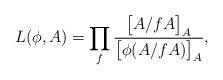
LaTeX: \begin{align*}L(\phi,A)=\prod_{f} \frac{\big[A/fA\big]_{A}}{\big[\phi(A/fA)\big]_{A}},\end{align*}